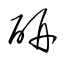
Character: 研